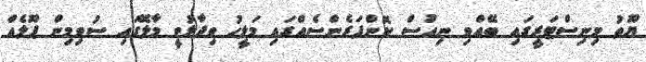
ޔޫތު މިނިސްޓަރީގައި ބޭއްވި ނިއުސް ކޮންފަރެންސެއްގައި މަލީހު ވިދާޅުވީ މާލޭގައި ސުވިމިން ޕޫލެއް